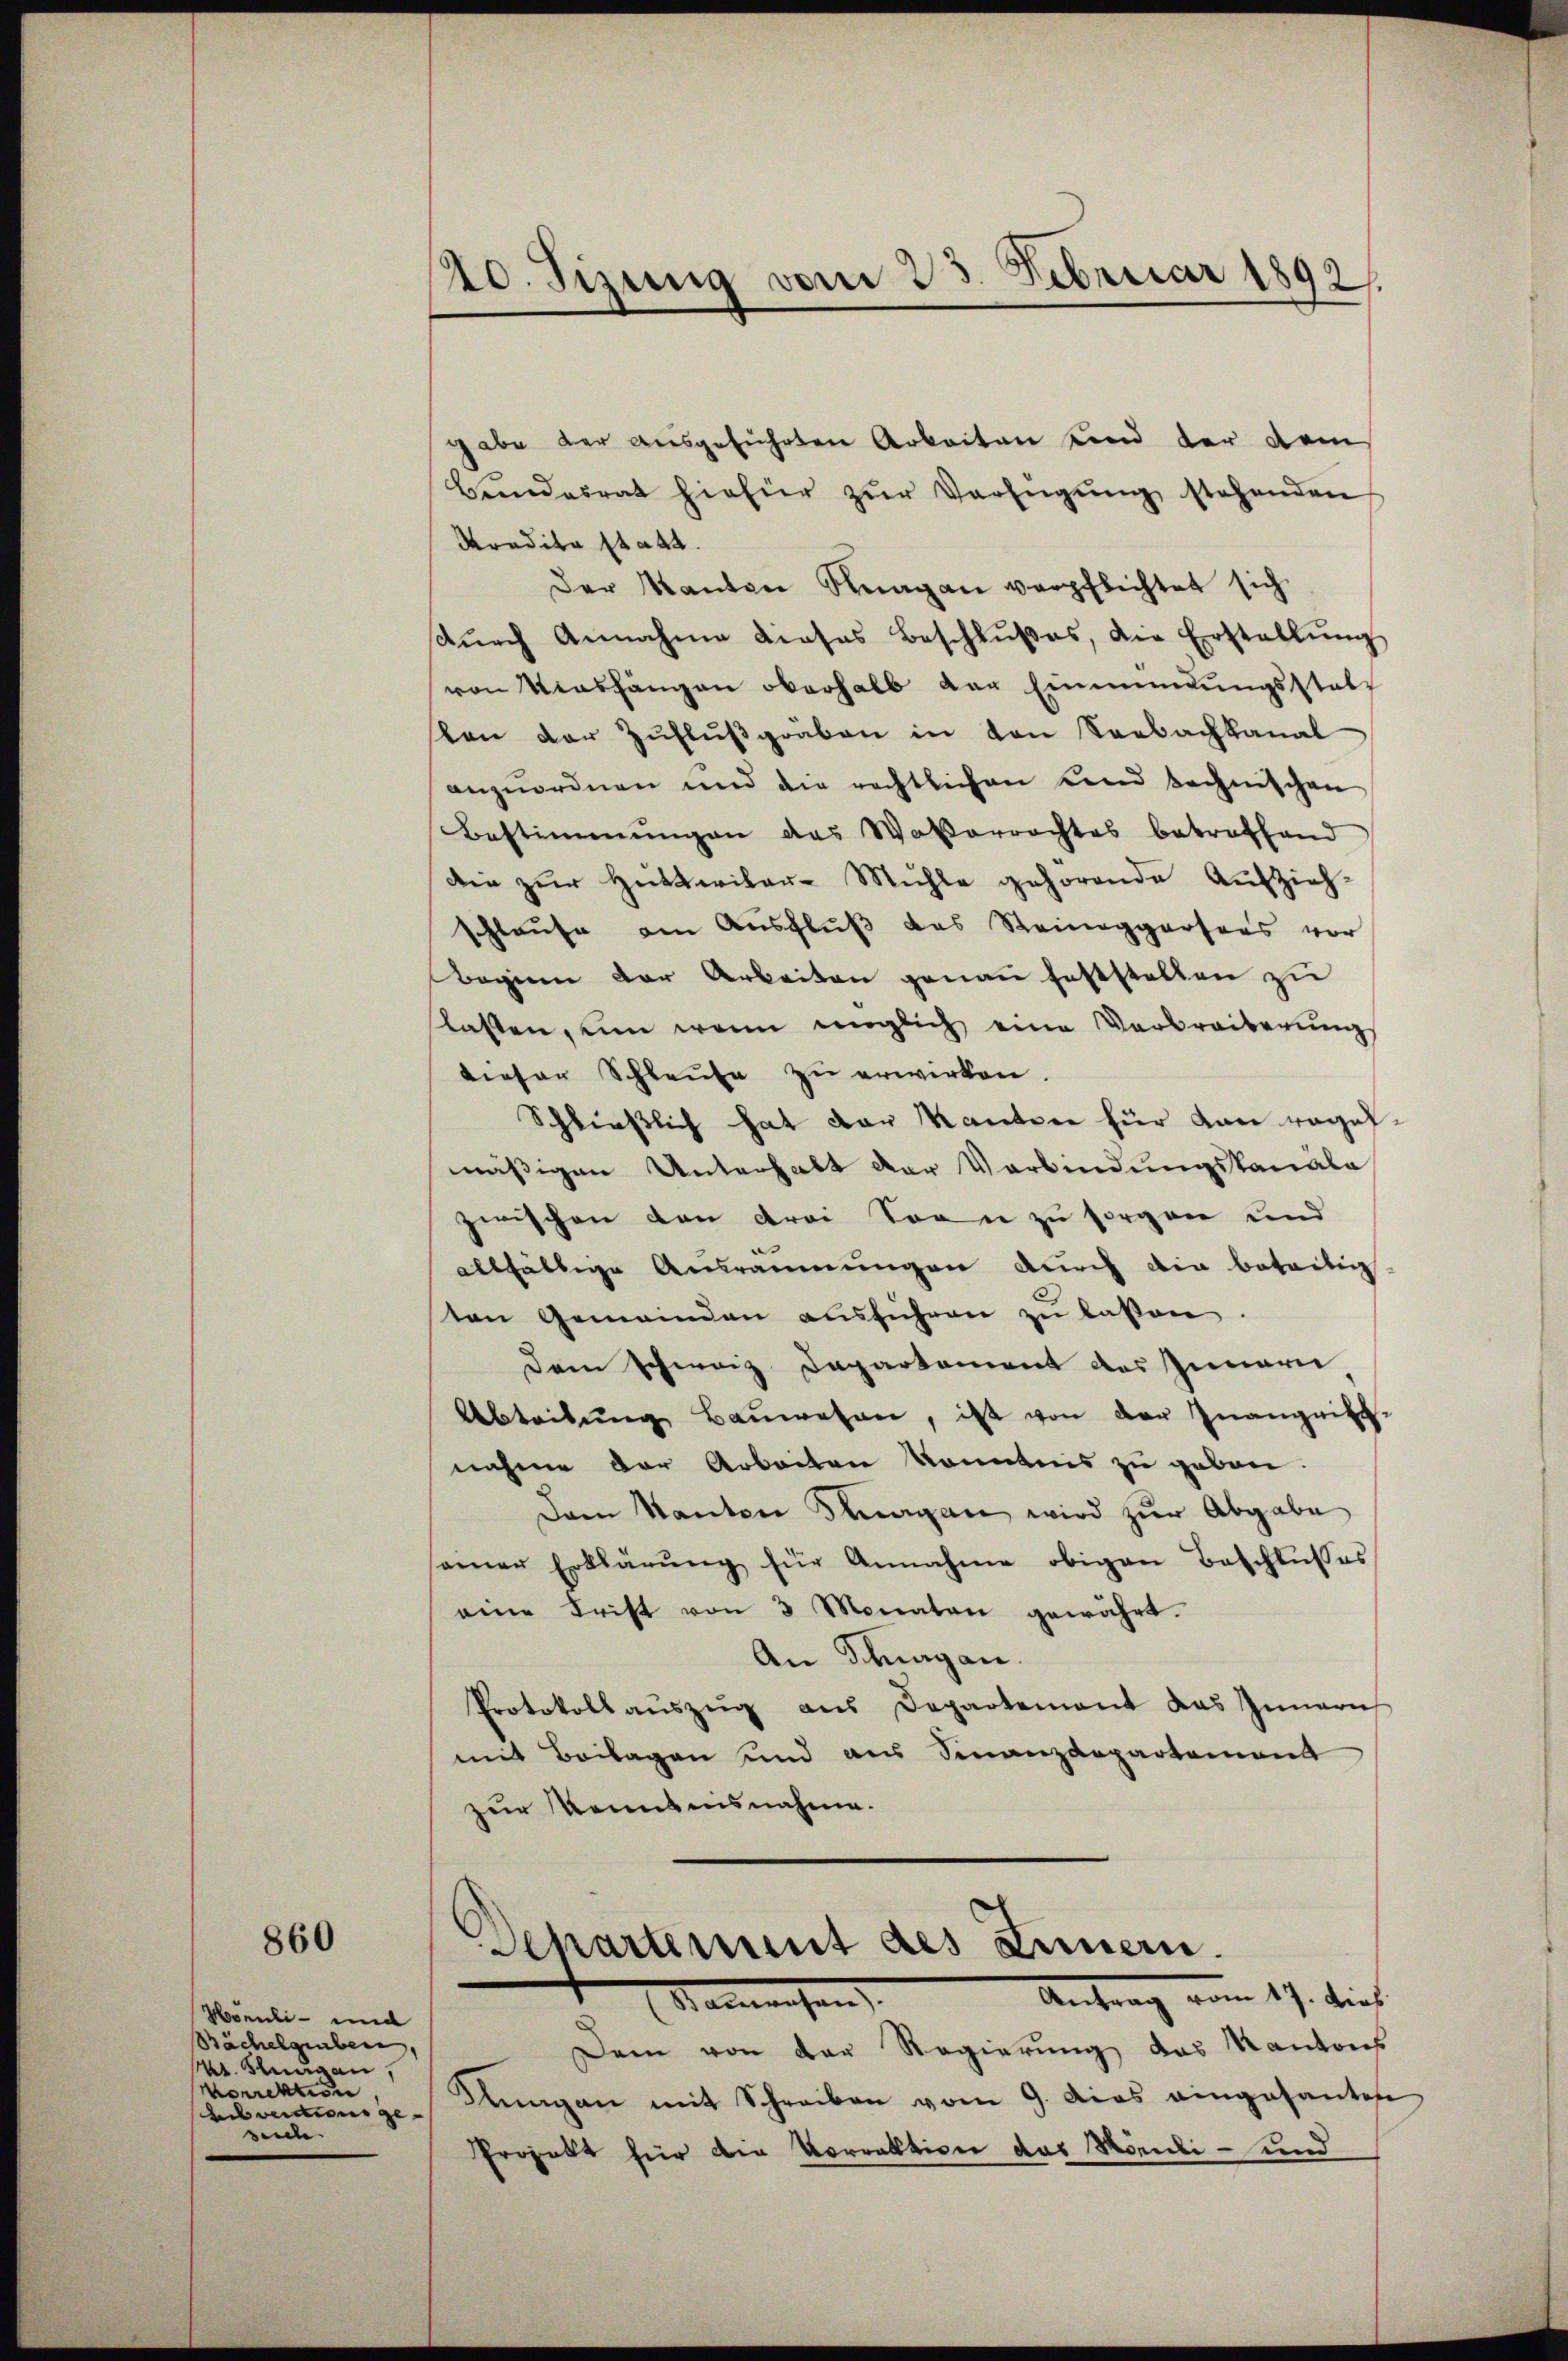
860

Honneli - und
Bächelgraben,
Mr. Klagen,
Morrektion
helvetions geseide

20. Sizung vom 23. Februar 1892

gabe der ausgeführten Arbeiten und der dem
Bundesrat hiefür zŭr Verfügŭng stehenden
Kredita statt.
Der Kanton Knagan verpflichtet sich
dŭrch Annahme dieses Beschlŭβes, die Erstellŭng
von Viashängen oberhalb der Einmündŭngsstatt
sten der Zŭflŭβgraben in von Seebachkanal
anzuordnen und die rechtlichen Leid technischen
Bestimmungen des Waßerrachtes betreffend
die zŭr Hntteiler-Mühle gehörende Aufzieh-
schlaufe am Ausfluß das Steiniggartens vor
Beginn der Arbeiten genau feststellen zu
slassen, um wenn möglich eine Verbreiberŭng
dieser Schleute zu erwirken.
Schließlich hat der Kanton für von vogefmäßigen Unterhalt der Verbindungskanala
zwischen den drei Korn zu sorgen und
allfältige Ausräumungen durch die beteilig
ten Gemeinden aŭsführen zu laßen.
Dem Schweiz. Departement des Inner
Abteilung Baŭwesen, ist von der Inangriff-
nahme der Arbeiten konntnis zu geben.
Dem Kanton Tagen wird zŭr Abgabe
amner Erklärŭng für Annahme obigen Beschlŭsses
eine Frist von 3 Monaten gewährt.
An Schurgau.
Protokoll aŭszŭg ans Departement das Innern
mit Beilagen und aus Finanzdepartement
zur Kenntnisnahme.
Aepartement des Innern.
Antrag vom 17. dies
Namensen
Dem von der Regierung das Kantons
Bungen mit Schreiben vom 9. dies eingesanten
Projekt für die Vorrektion das Möndi- und